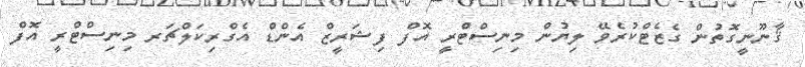
ޤާނޫނީގޮތުން ގެޒެޓްކުރެވޭ ލިޔުން މިނިސްޓްރީ އޮފް ފިޝަރީޒް އެންޑް އެގްރިކަލްޗަރ މިނިސްޓްރީ އޮފް